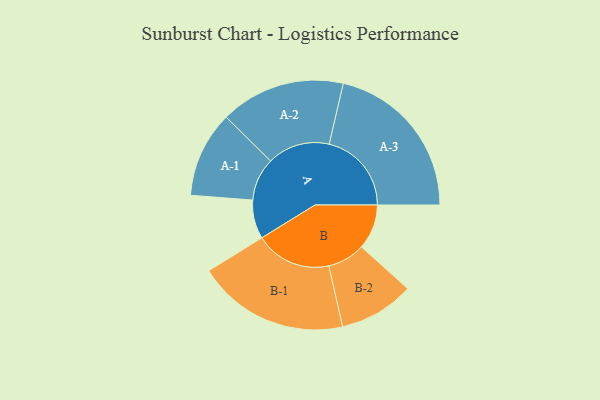
{"axis": {"x": "Segment", "y": "Value"}, "legend": ["", "A", "B"], "data": [{"x": "A", "y": 137, "type": ""}, {"x": "B", "y": 159, "type": ""}, {"x": "A-1", "y": 152, "type": "A"}, {"x": "A-2", "y": 221, "type": "A"}, {"x": "A-3", "y": 291, "type": "A"}, {"x": "B-1", "y": 269, "type": "B"}, {"x": "B-2", "y": 133, "type": "B"}]}